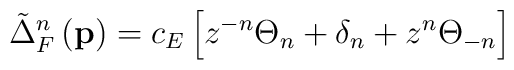
\tilde{\Delta}_F^n\left( \mathbf{p}\right) =c_E\left[ z^{-n}\Theta _n+\delta_n+z^n\Theta _{-n}\right]